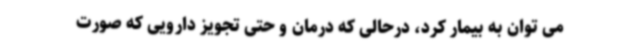
می توان به بیمار کرد، درحالی که درمان و حتی تجویز دارویی که صورت